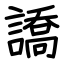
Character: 譑